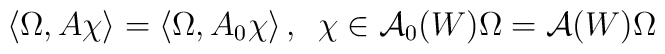
\left\langle \Omega ,A\chi \right\rangle =\left\langle \Omega ,A_{0}\chi\right\rangle ,\,\,\,\chi \in \mathcal{A}_{0}(W)\Omega =\mathcal{A}(W)\Omega